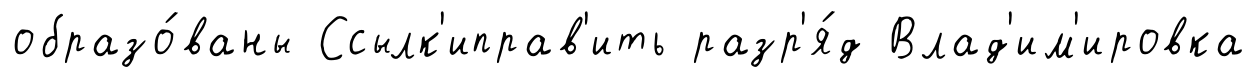
образо́ваны Ссылк'иправ'ить разр'я́д Влад'им'ировка